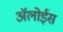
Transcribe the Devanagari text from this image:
ॲलोईस